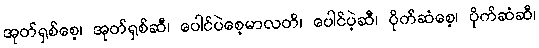
အုတ်ရှစ်စေ့၊ အုတ်ရှစ်ဆီ၊ ပေါင်ပဲစေ့မာလတိ၊ ပေါင်ပဲ့ဆီ၊ ပိုက်ဆံစေ့၊ ပိုက်ဆံဆီ၊